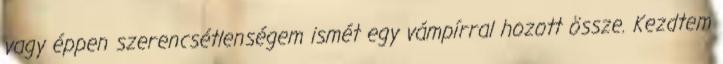
vagy éppen szerencsétlenségem ismét egy vámpírral hozott össze. Kezdtem